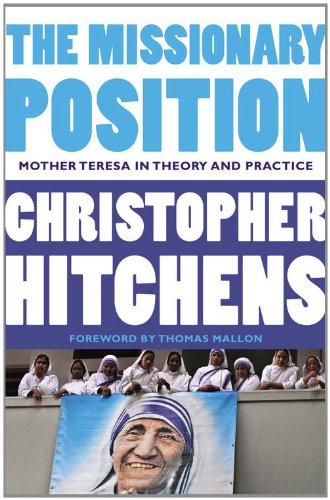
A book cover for The Missionary Position: Mother Teresa in Theory and Practice; Christopher Hitchens; Politics & Social Sciences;